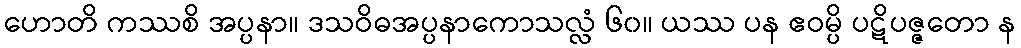
ဟောတိ ကဿစိ အပ္ပနာ။ ဒသဝိဓအပ္ပနာကောသလ္လံ ၆၀။ ယဿ ပန ဧဝမ္ပိ ပဋိပဇ္ဇတော န